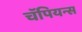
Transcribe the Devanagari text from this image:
चॅपियन्स